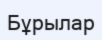
Бұрылар